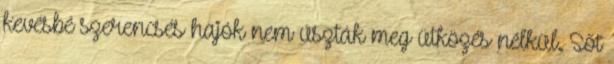
kevésbé szerencsés hajók nem úszták meg ütközés nélkül. Sőt